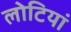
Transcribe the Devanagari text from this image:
लोटियां